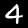
Label: 4